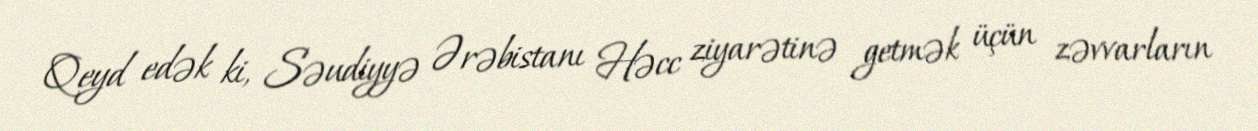
Qeyd edək ki, Səudiyyə Ərəbistanı Həcc ziyarətinə getmək üçün zəvvarların